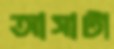
আসাটা